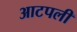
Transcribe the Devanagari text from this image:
आटपली